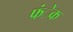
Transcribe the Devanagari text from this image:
फंेक